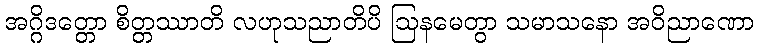
အဂ္ဂိဒတ္တော စိတ္တဿာတိ လဟုသညာတိပိ ဩနမေတွာ သမာသနော အဝိညာဏော